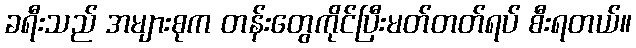
ခရီးသည် အများစုက တန်းတွေကိုင်ပြီးမတ်တတ်ရပ် စီးရတယ်။